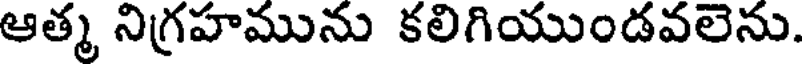
ఆత్మ నిగ్రహమును కలిగియుండవలెను.